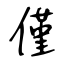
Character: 僅